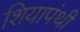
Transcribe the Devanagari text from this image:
शियापंथी